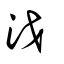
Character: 泧